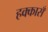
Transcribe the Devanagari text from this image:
हक्कासँ